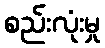
စည်းလုံးမှု